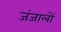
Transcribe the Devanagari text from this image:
जंजालों